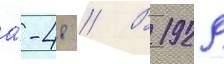
а́-48 // В 1929